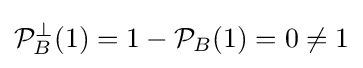
{\mathcal {P}}_{B}^{\perp }(1)=1-{\mathcal {P}}_{B}(1)=0\neq 1